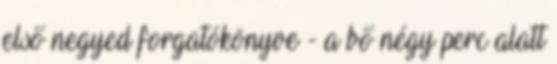
első negyed forgatókönyve - a bő négy perc alatt